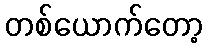
တစ်ယောက်တော့